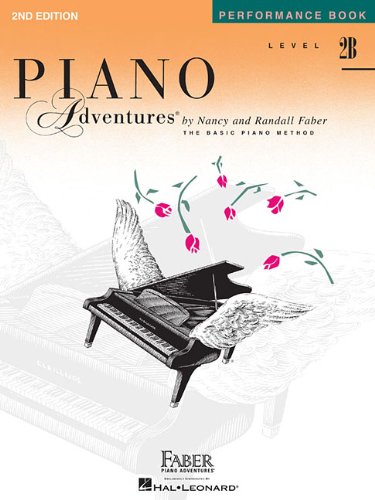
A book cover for Level 2B - Performance Book: Piano Adventures; Humor & Entertainment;